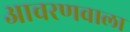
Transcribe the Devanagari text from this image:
आचरणवाला